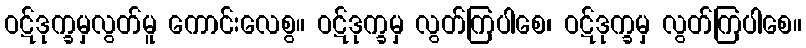
ဝဋ်ဒုက္ခမှလွတ်မူ ကောင်းလေစွ။ ဝဋ်ဒုက္ခမှ လွတ်ကြပါစေ၊ ဝဋ်ဒုက္ခမှ လွတ်ကြပါစေ။